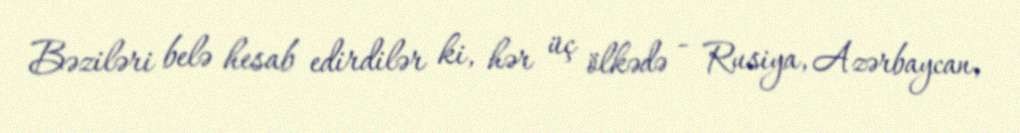
Bəziləri belə hesab edirdilər ki, hər üç ölkədə - Rusiya, Azərbaycan,